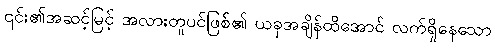
၎င်း၏အဆင့်မြင့် အလားတူပင်ဖြစ်၏ ယခုအချိန်ထိအောင် လက်ရှိနေသော